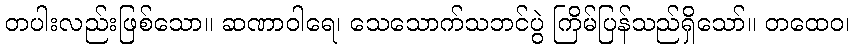
တပါးလည်းဖြစ်သော။ ဆဏာဝါရေ၊ သေသောက်သဘင်ပွဲ ကြိမ်ပြန်သည်ရှိသော်။ တထေဝ၊